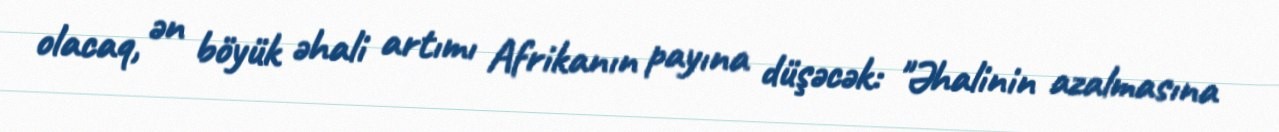
olacaq, ən böyük əhali artımı Afrikanın payına düşəcək: "Əhalinin azalmasına